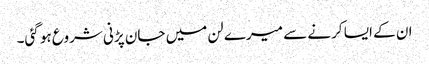
ان کے ایسا کرنے سے میرے لن میں جان پڑنی شروع ہو گئی۔